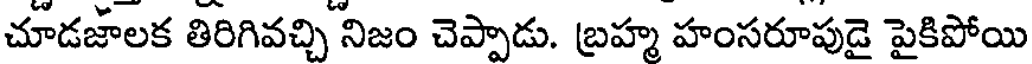
చూడజాలక తిరిగివచ్చి నిజం చెప్పాడు. బ్రహ్మ హంసరూపుడై పైకిపోయి